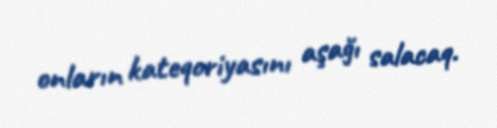
onların kateqoriyasını aşağı salacaq.